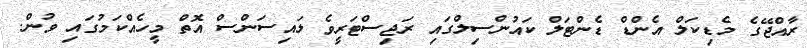
ރާއްޖޭގެ މެޑިކަލް އެންޑް ޑެންޓަލް ކައުންސިލްގައި ރަޖިސްޓަރީވެ ލައިސަންސް އޮތް މީހެއްކަމުގައި ވުން.